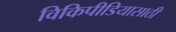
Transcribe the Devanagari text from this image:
विकिपीडियासाठी